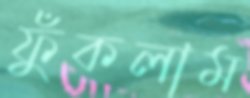
ফুঁকলাম